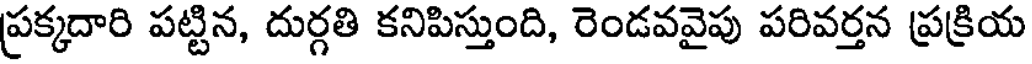
ప్రక్కదారి పట్టిన, దుర్గతి కనిపిస్తుంది, రెండవవైపు పరివర్తన ప్రక్రియ